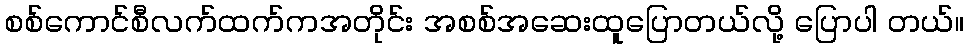
စစ်ကောင်စီလက်ထက်ကအတိုင်း အစစ်အဆေးထူပြောတယ်လို့ ပြောပါ တယ်။